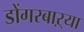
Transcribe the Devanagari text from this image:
डोंगरबाऱ्या